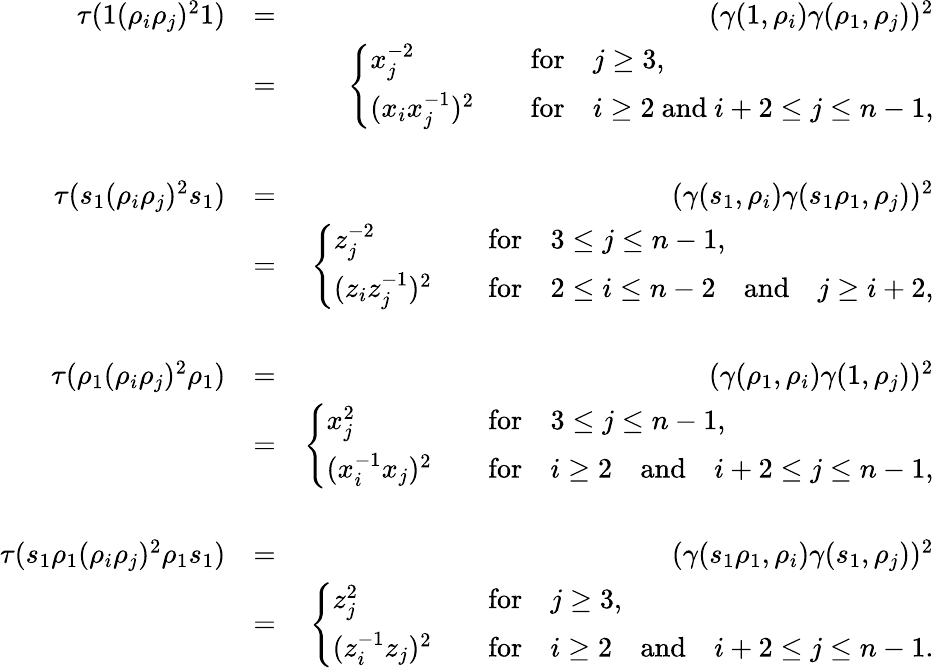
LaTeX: \begin{array}{rlr}{\tau(1(\rho_{i}\rho_{j})^{2}1)}&{=}&{(\gamma(1,\rho_{i})\gamma(\rho_{1},\rho_{j}))^{2}}\\ &{=}&{\left\{ \begin{array}{ll}{x_{j}^{-2}~}&{\quad\textrm{for}\quad j\geq 3,}\\ {(x_{i}x_{j}^{-1})^{2}}&{\quad\textrm{for}\quad i\geq 2\mathrm{~and~}i+2\leq j\leq n-1,}\end{array}\right.}\\ &{}&\\ {\tau(s_{1}(\rho_{i}\rho_{j})^{2}s_{1})}&{=}&{(\gamma(s_{1},\rho_{i})\gamma(s_{1}\rho_{1},\rho_{j}))^{2}}\\ &{=}&{\left\{ \begin{array}{ll}{z_{j}^{-2}}&{\quad\textrm{for}\quad 3\leq j\leq n-1,}\\ {(z_{i}z_{j}^{-1})^{2}}&{\quad\textrm{for}\quad 2\leq i\leq n-2\quad\mathrm{and}\quad j\geq i+2,}\end{array}\right.}\\ &{}&\\ {\tau(\rho_{1}(\rho_{i}\rho_{j})^{2}\rho_{1})}&{=}&{(\gamma(\rho_{1},\rho_{i})\gamma(1,\rho_{j}))^{2}}\\ &{=}&{\left\{ \begin{array}{ll}{x_{j}^{2}}&{\quad\textrm{for}\quad 3\leq j\leq n-1,}\\ {(x_{i}^{-1}x_{j})^{2}}&{\quad\textrm{for}\quad i\geq 2\quad\mathrm{and}\quad i+2\leq j\leq n-1,}\end{array}\right.}\\ &{}&\\ {\tau(s_{1}\rho_{1}(\rho_{i}\rho_{j})^{2}\rho_{1}s_{1})}&{=}&{(\gamma(s_{1}\rho_{1},\rho_{i})\gamma(s_{1},\rho_{j}))^{2}}\\ &{=}&{\left\{ \begin{array}{ll}{z_{j}^{2}}&{\quad\textrm{for}\quad j\geq 3,}\\ {(z_{i}^{-1}z_{j})^{2}}&{\quad\textrm{for}\quad i\geq 2\quad\mathrm{and}\quad i+2\leq j\leq n-1.}\end{array}\right.}\end{array}